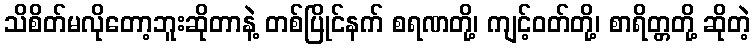
သိစိတ်မလိုတော့ဘူးဆိုတာနဲ့ တစ်ပြိုင်နက် စရဏတို့၊ ကျင့်ဝတ်တို့၊ စာရိတ္တတို့ ဆိုတဲ့